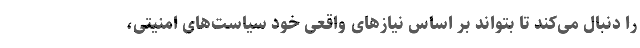
را دنبال می‌کند تا بتواند بر اساس نیاز‌های واقعی خود سیاست‌های امنیتی،